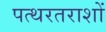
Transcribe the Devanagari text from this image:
पत्थरतराशों